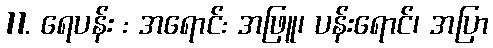
11. ရေပန်း : အရောင်: အဖြူ၊ ပန်းရောင်၊ အပြာ